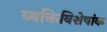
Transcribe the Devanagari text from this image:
व्यक्तिविशेषांक